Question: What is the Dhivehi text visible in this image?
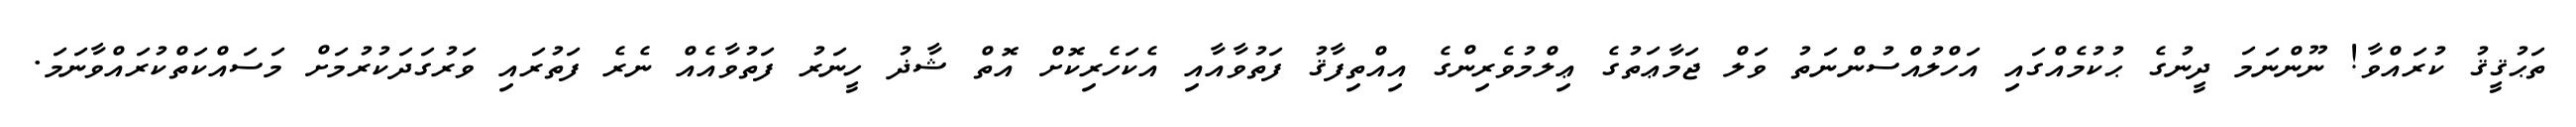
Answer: ތަޙުޤީޤު ކުރައްވާ! ނޫންނަމަ ދީނުގެ ޙުކުމެއްގައި އަހްލުއްސުންނަތު ވަލް ޖަމާޢަތުގެ ޢިލްމުވެރިންގެ އިއްތިފާޤު ފަތުވާއާއި އެކަހެރިކޮށް އޮތް ޝާޛު ހީނަރު ފަތުވާއެއް ނެރެ ފަތުރައި ވަރުގަދަކުރުމަށް މަސައްކަތްކުރައްވާނަމަ.